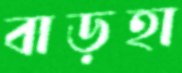
বাড়হা